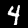
Digit: 4